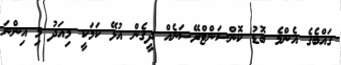
ގައްބެގެ އެންމެ ބޮޑު ކޮންސަންޓްރޭޝަނެއް ދީގެން އުޅޭ ކަމަކީ މިއަދު މި އިންނަ